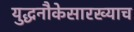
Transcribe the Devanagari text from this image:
युद्धनौकेसारख्याच